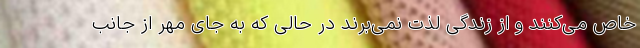
خاص می‌کنند و از زندگی لذت نمی‌برند در حالی که به جای مِهر از جانب